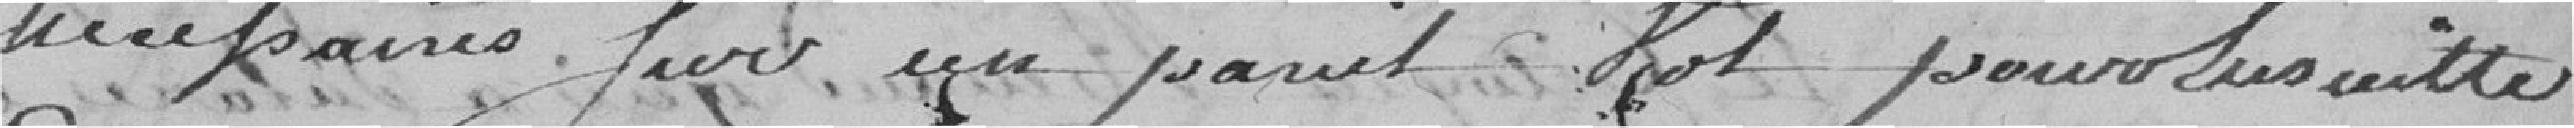
weekaires fort yo panet for pour us witte